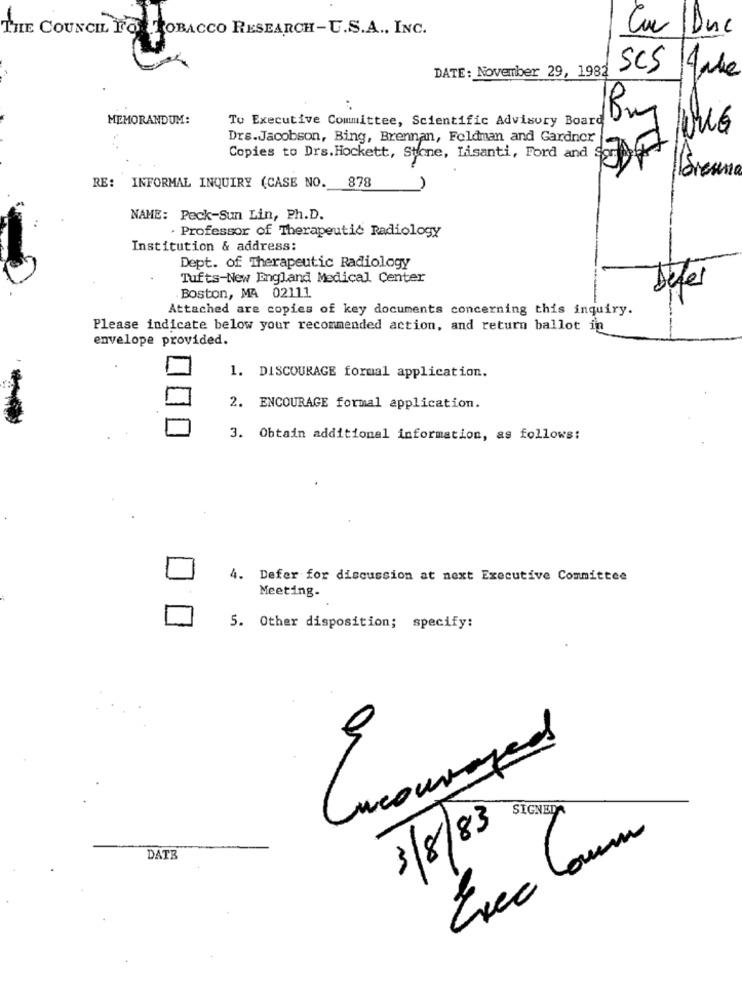
THE COUNCIL FO TOBACCO RESEARCH-U.S.A ., INC.
Car Buc
DATE: November 29, 1982
SCS Have
MEMORANDUM:
To Executive Committee, Scientific Advisory Board
Bm
Drs.Jacobson, Bing, Brennan, Foldman and Gardner
Copies to Drs. Hockett, Stone, Lisanti, Ford and
Boreana
RE: INFORMAL INQUIRY (CASE NO. 878
NAME: Peck-Sun Lin, Ph.D.
. Professor of Therapeutic Radiology
Institution & address:
Dept. of Therapeutic Radiology
Tufts-New England Medical Center
Defer
Boston, MA 02111
Attached are copies of key documents concerning this inquiry.
Please indicate below your recommended action, and return ballot in
envelope provided.
1. DISCOURAGE formal application.
2. ENCOURAGE formal application.
3. Obtain additional information, as follows:
4. Defer for discussion at next Executive Committee
Meeting-
5. Other disposition; specify:
Cucouraged
SIGNEDA
3/8/83
Exec Laum
DATE